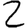
Digit: 2